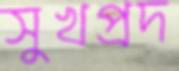
সুখপ্রদ